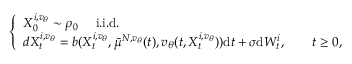
\begin{array} { r } { \left\{ \begin{array} { l l } { X _ { 0 } ^ { i , v _ { \theta } } \sim \rho _ { 0 } \quad \mathrm { ~ i . i . d . } } \\ { d X _ { t } ^ { i , v _ { \theta } } = b ( X _ { t } ^ { i , v _ { \theta } } , \bar { \mu } ^ { N , v _ { \theta } } ( t ) , v _ { \theta } ( t , X _ { t } ^ { i , v _ { \theta } } ) ) \mathrm { d } t + \sigma \mathrm { d } W _ { t } ^ { i } , \qquad t \ge 0 , } \end{array} \right. } \end{array}